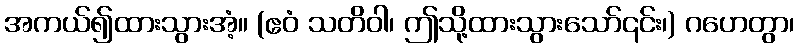
အကယ်၍ထားသွားအံ့။ (ဧဝံ သတိဝါ၊ ဤသို့ထားသွားသော်၎င်း၊) ဂဟေတွာ၊